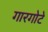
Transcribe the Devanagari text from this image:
गारगोटे